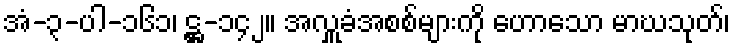
အံ-၃-ပါ-၁၆၁၊ ဋ္ဌ-၁၄၂။ အလှူခံအစစ်များကို ဟောသော မာဃသုတ်၊